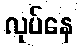
လုပ်နေ